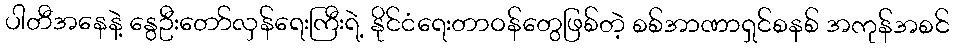
ပါတီအနေနဲ့ နွေဦးတော်လှန်ရေးကြီးရဲ့ နိုင်ငံရေးတာဝန်တွေဖြစ်တဲ့ စစ်အာဏာရှင်စနစ် အကုန်အစင်